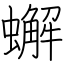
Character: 蠏